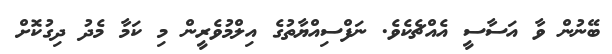
ބޭނުން ވާ އަސާސީ އެއްޗެކެވެ. ނަފްސިއްޔާތުގެ އިލްމުވެރީން މި ކަމާ މެދު ދިގުކޮށް